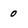
Character: 0